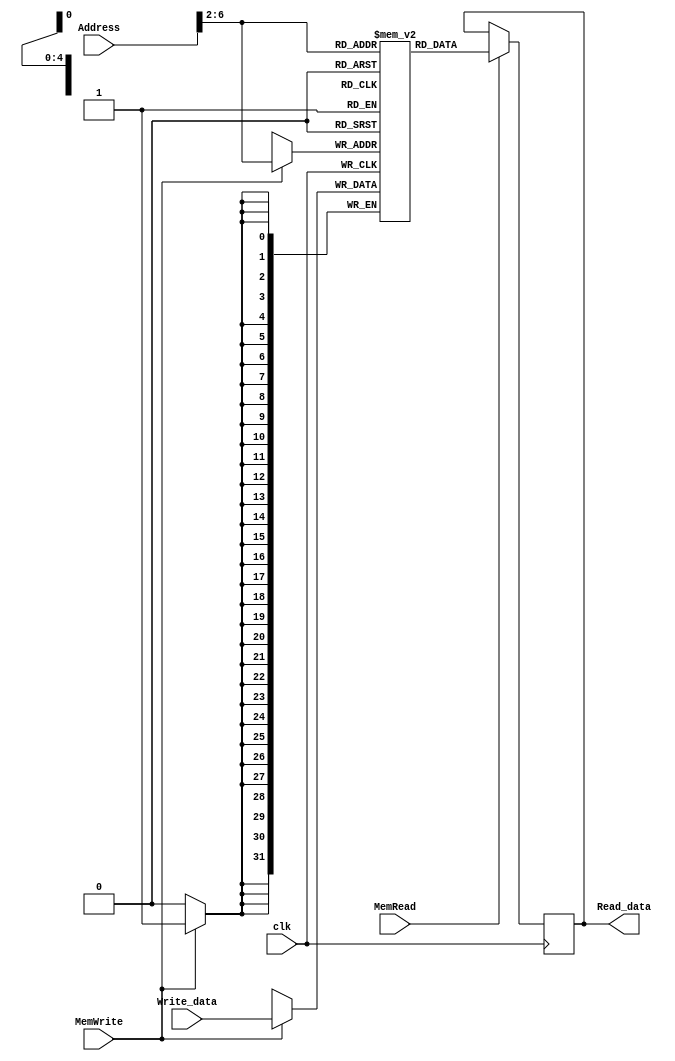
`ifndef MODULE_DATAMEM
`define MODULE_DATAMEM

`timescale 1ns / 1ps
//////////////////////////////////////////////////////////////////////////////////
// Company: 
// Engineer: 
// 
// Design Name: 
// Module Name: Data_mem
// Project Name: 
// Target Devices: 
// Tool Versions: 
// Description: 
// 
// Dependencies: 
// 
// Revision:
// Revision 0.01 - File Created
// Additional Comments:
// 
//////////////////////////////////////////////////////////////////////////////////


module Data_mem(Address, Write_data, Read_data, MemRead, MemWrite, clk);
    input [31:0] Address, Write_data;
    input MemRead, MemWrite, clk;
    output reg [31:0] Read_data;
    reg [31:0] mem[31:0];

    always @ (posedge clk)
    begin
        if (MemWrite) mem[Address >> 2] = Write_data; 
    end

    always @ (negedge clk)
    begin
        if (MemRead) Read_data = mem[Address >> 2];
    end

endmodule

`endif